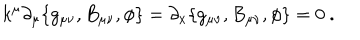
k ^ { \mu } \partial _ { \mu } \{ g _ { \mu \nu } , B _ { \mu \nu } , \phi \} = \partial _ { x } \{ g _ { \mu \nu } , B _ { \mu \nu } , \phi \} = 0 \ .